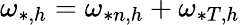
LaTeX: \omega_{*,h}=\omega_{*n,h}+\omega_{*T,h}